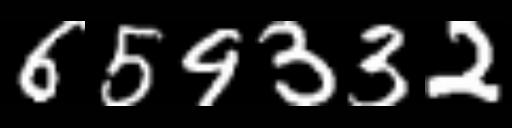
Text: 659332